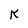
Character: k